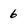
Character: 6